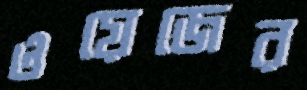
ওয়েজের